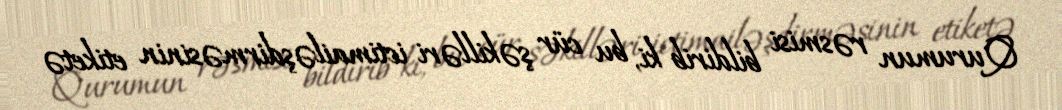
Qurumun rəsmisi bildirib ki, bu cür şəkilləri ictimailəşdirməsinin etiketə